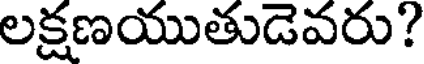
లక్షణయుతుడెవరు?